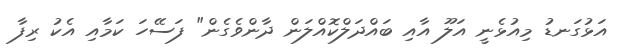
އަޅުގަނޑު މިއުޅެނީ އަލޫ އާއި ބައްދަލްކޮއްލަން ދާންވެގެން" ފަސޭހަ ކަމާއި އެކު ރިފާ